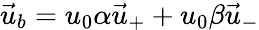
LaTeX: \vec{u}_{b}=u_{0}\alpha\vec{u}_{+}+u_{0}\beta\vec{u}_{-}